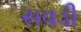
સવડી